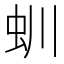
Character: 𧈶